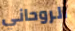
الروحاني